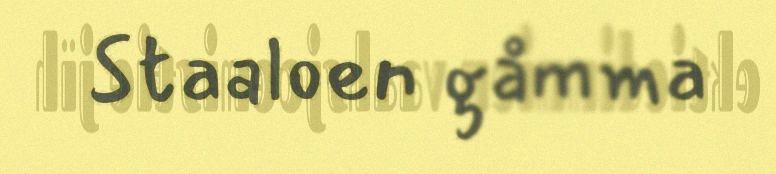
Staaloen gåmma